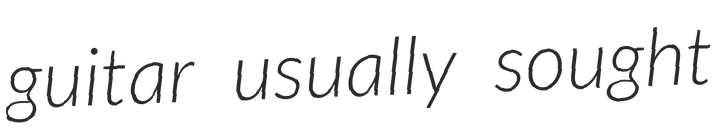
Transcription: guitar usually sought